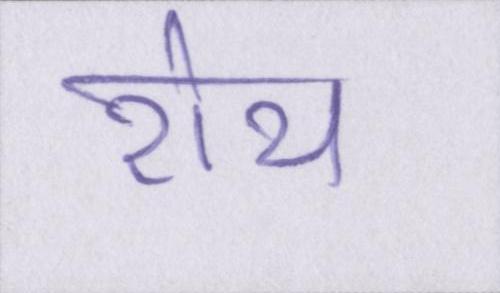
रोय